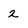
Character: 2